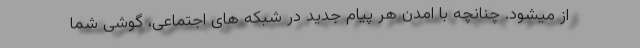
از میشود. چنانچه با امدن هر پیام جدید در شبکه های اجتماعی، گوشی شما